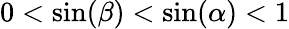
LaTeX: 0<\sin(\beta)<\sin(\alpha)<1